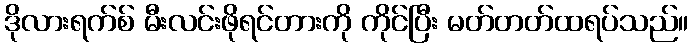
ဒိုလားရက်စ် မီးလင်းဖိုရင်တားကို ကိုင်ပြီး မတ်တတ်ထရပ်သည်။